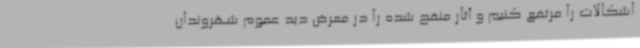
اشکالات را مرتفع کنیم و آثار منقح شده را در معرض دید عموم شهروندان